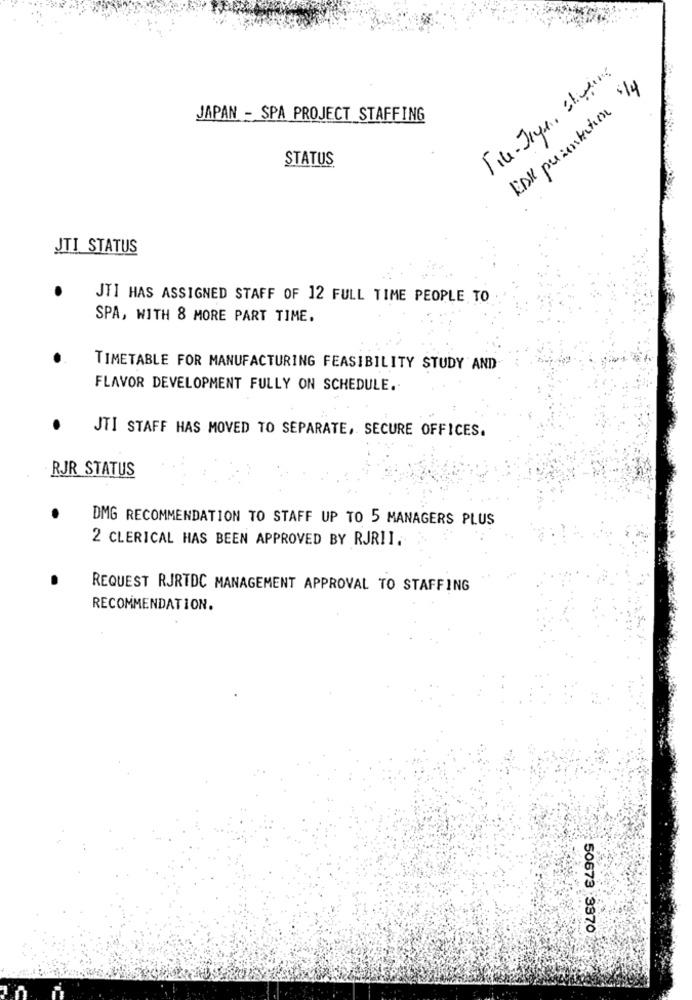
EDK presentation s/4
JAPAN - SPA PROJECT STAFFING
STATUS
JTI STATUS
JTI HAS ASSIGNED STAFF OF 12 FULL TIME PEOPLE TO
SPA, WITH 8 MORE PART TIME.
TIMETABLE FOR MANUFACTURING FEASIBILITY STUDY AND
FLAVOR DEVELOPMENT FULLY ON SCHEDULE.
.
JTI STAFF HAS MOVED TO SEPARATE, SECURE OFFICES.
RJR STATUS
DMG RECOMMENDATION TO STAFF UP TO 5 MANAGERS PLUS
2 CLERICAL HAS BEEN APPROVED BY RJRII.
REQUEST RJRTDC MANAGEMENT APPROVAL TO STAFFING
RECOMMENDATION.
50673 3370